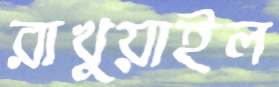
রাখুয়াইল